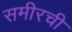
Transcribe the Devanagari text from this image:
समीरची